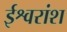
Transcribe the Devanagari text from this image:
ईश्वरांश